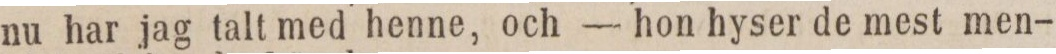
nu har jag talt med henne, och — hon hyser de mest men-